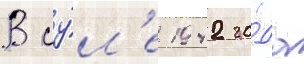
В иу́л'е 1942 го́да